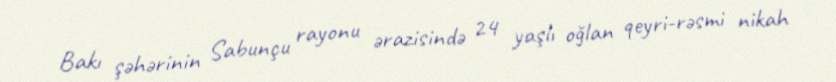
Bakı şəhərinin Sabunçu rayonu ərazisində 24 yaşlı oğlan qeyri-rəsmi nikah